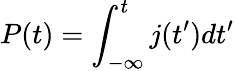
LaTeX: P(t)=\int_{-\infty}^{t}j(t^{\prime})dt^{\prime}